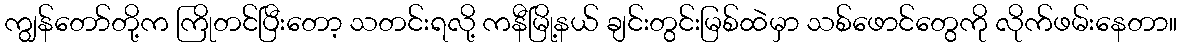
ကျွန်တော်တို့က ကြိုတင်ပြီးတော့ သတင်းရလို့ ကနီမြို့နယ် ချင်းတွင်းမြစ်ထဲမှာ သစ်ဖောင်တွေကို လိုက်ဖမ်းနေတာ။